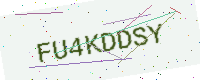
Text: FU4KDDSY